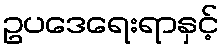
ဥပဒေရေးရာနှင့်